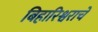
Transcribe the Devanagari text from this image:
बिहारिश्वराचे